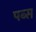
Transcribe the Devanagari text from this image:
पब्स